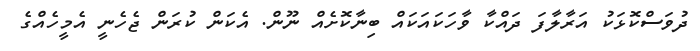
ދުވަސްކޮޅަކު އަރާލާފަ ދައްކާ ވާހަކައަކައް ބިނާކޮށެއް ނޫން. އެކަން ކުރަން ޖެހެނީ އެމީހެއްގެ